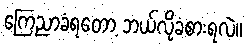
ကြေညာခံရတော့ ဘယ်လိုခံစားရလဲ။